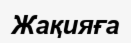
Жақияға